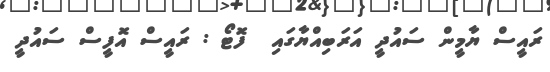
ރައީސް ޔާމީން ސައުދީ އަރަބިއްޔާގައި  ފޮޓޯ : ރައީސް އޮފީސް ސައުދީ